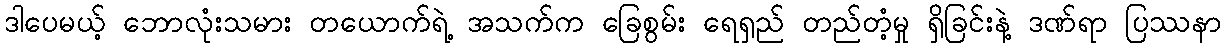
ဒါပေမယ့် ဘောလုံးသမား တယောက်ရဲ့ အသက်က ခြေစွမ်း ရေရှည် တည်တံ့မှု ရှိခြင်းနဲ့ ဒဏ်ရာ ပြဿနာ